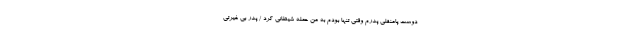
دوست پامنقلی پدرم وقتی تنها بودم به من حمله شیطانی کرد / پدر بی غیرتی